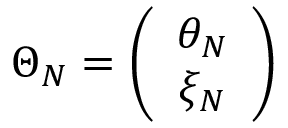
\Theta _ { N } = \left( \begin{array} { c } { { \theta _ { N } } } \\ { { \xi _ { N } } } \end{array} \right)